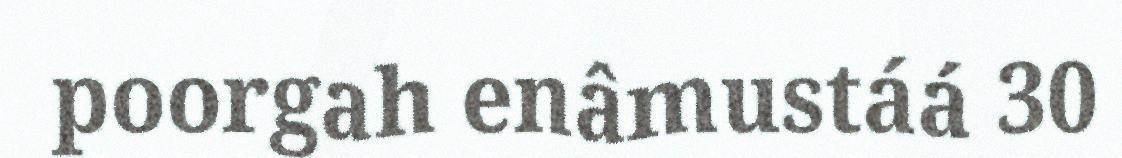
poorgah enâmustáá 30